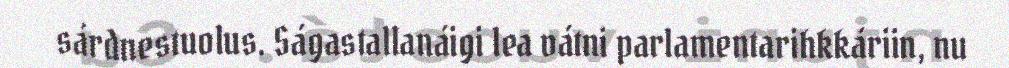
sárdnestuolus. Ságastallanáigi lea vátni parlamentarihkkáriin, nu